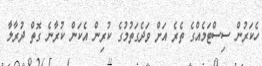
ހެކަރުން ސިސްޓަމެއްގެ ތެރެ އަށް ވަދެގަތުމުގެ ކުރިން އެކަން ކުރާނެ ގޮތް ދުރާލާ